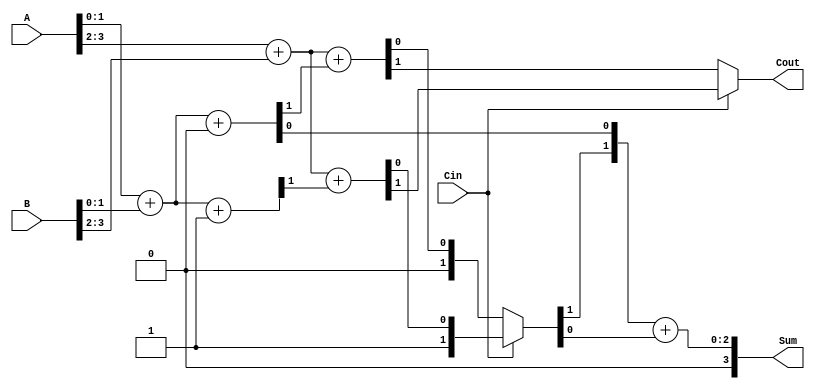
module CarrySelectAdder (
    input [3:0] A,        // 4-bit input A
    input [3:0] B,        // 4-bit input B
    input Cin,            // Carry-in
    output [3:0] Sum,     // 4-bit sum output
    output Cout           // Carry-out
);

    // Intermediate wires for block sums and carries
    wire [1:0] S0_0, S0_1; // Sums for Carry-in = 0
    wire [1:0] C0_0, C0_1; // Carries for Carry-in = 0
    wire [1:0] S1_0, S1_1; // Sums for Carry-in = 1
    wire [1:0] C1_0, C1_1; // Carries for Carry-in = 1

    // Block 1 (A[1:0], B[1:0])
    assign {C0_0[0], S0_0[0]} = A[1:0] + B[1:0] + 0; // Carry-in = 0
    assign {C1_0[0], S1_0[0]} = A[1:0] + B[1:0] + 1; // Carry-in = 1

    // Block 2 (A[3:2], B[3:2])
    assign {C0_1[0], S0_1[0]} = A[3:2] + B[3:2] + C0_0[0]; // Use C0 from Block 1
    assign {C1_1[0], S1_1[0]} = A[3:2] + B[3:2] + C1_0[0]; // Use C1 from Block 1

    // Carry selection logic
    wire C0_select = Cin ? C1_0[0] : C0_0[0];
    wire [1:0] S_select = Cin ? S1_1 : S0_1;

    // Final outputs
    assign Sum = {S_select[1], S0_0[0]} + {1'b0, S_select[0]};
    assign Cout = Cin ? C1_1[0] : C0_1[0];

endmodule